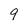
Character: 9